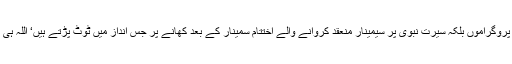
ورنہ تو موقر پروگراموں بلکہ سیرت نبوی پر سیمینار منعقد کروانے والے اختتام سمینار کے بعد کھانے پر جس انداز میں ٹوٹ پڑتے ہیں‘ اللہ ہی بہتر جانتا ہے۔